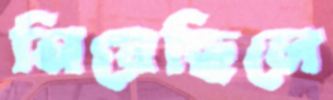
নিয়েছিলে